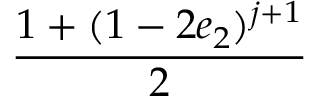
\displaystyle \frac { 1 + ( 1 - 2 e _ { 2 } ) ^ { j + 1 } } { 2 }